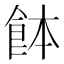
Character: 䬱